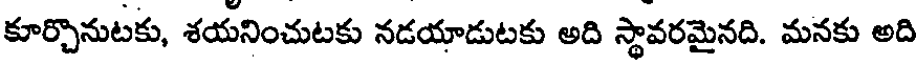
కూర్చొనుటకు, శయనించుటకు నడయాడుటకు అది స్థావరమైనది. మనకు అది